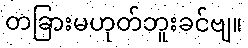
တခြားမဟုတ်ဘူးခင်ဗျ။